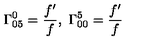
\Gamma _ { 0 5 } ^ { 0 } = \frac { f ^ { \prime } } { f } , \ \Gamma _ { 0 0 } ^ { 5 } = \frac { f ^ { \prime } } { f }